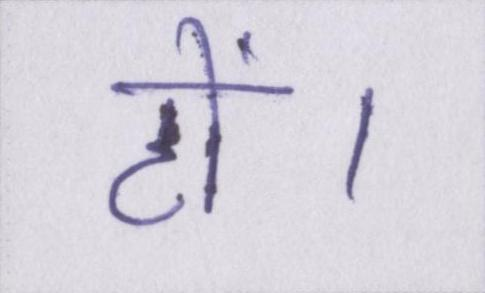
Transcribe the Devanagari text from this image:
हों।